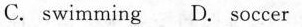
C. swimming D. Soccer